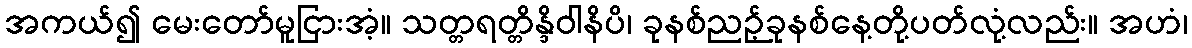
အကယ်၍ မေးတော်မူငြားအံ့။ သတ္တရတ္တိန္ဒိဝါနိပိ၊ ခုနစ်ညဉ့်ခုနစ်နေ့တို့ပတ်လုံ့လည်း။ အဟံ၊